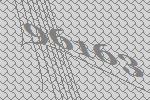
96163